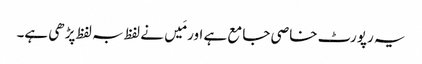
یہ رپورٹ خاصی جامع ہے اور مَیں نے لفظ بہ لفظ پڑھی ہے۔